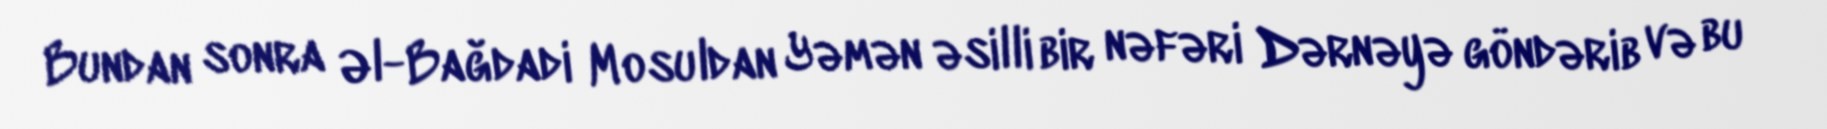
Bundan sonra Əl-Bağdadi Mosuldan Yəmən əsilli bir nəfəri Dərnəyə göndərib və bu